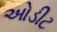
ઓડીટ